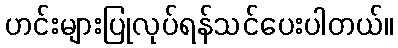
ဟင်းများပြုလုပ်ရန်သင်ပေးပါတယ်။